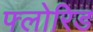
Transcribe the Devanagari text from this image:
फ्लोरिड